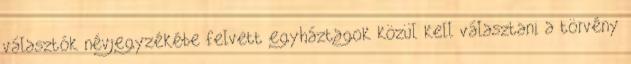
választók névjegyzékébe felvett egyháztagok közül kell választani a törvény